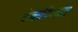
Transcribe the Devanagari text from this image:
टेकवितात